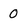
Character: o